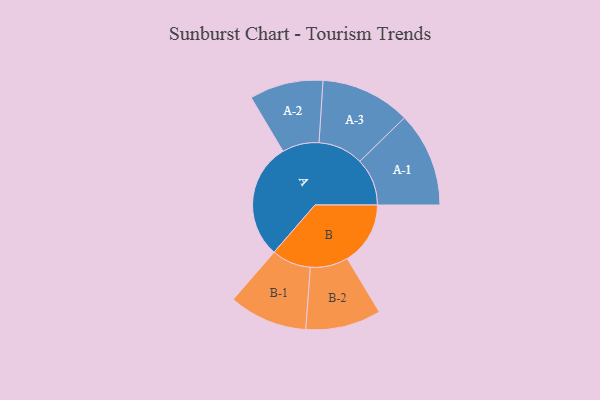
{"axis": {"x": "Segment", "y": "Value"}, "legend": ["", "A", "B"], "data": [{"x": "A", "y": 384, "type": ""}, {"x": "B", "y": 209, "type": ""}, {"x": "A-1", "y": 157, "type": "A"}, {"x": "A-2", "y": 122, "type": "A"}, {"x": "A-3", "y": 149, "type": "A"}, {"x": "B-1", "y": 130, "type": "B"}, {"x": "B-2", "y": 125, "type": "B"}]}